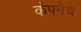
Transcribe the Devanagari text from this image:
कंपनेचे